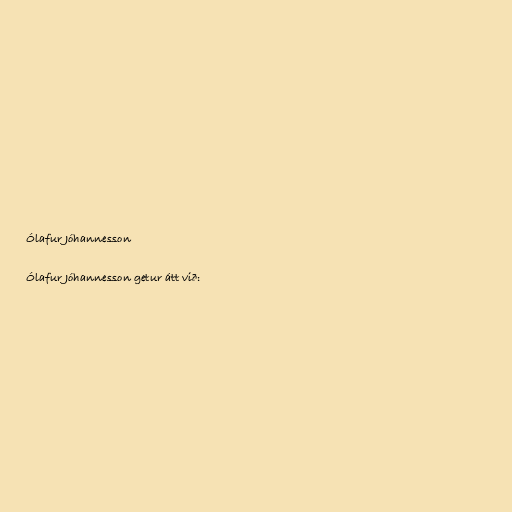
Ólafur Jóhannesson

Ólafur Jóhannesson getur átt við: